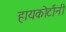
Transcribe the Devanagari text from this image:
हायकोर्टांनी